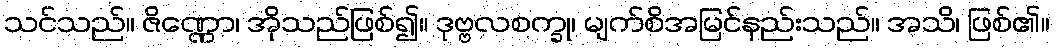
သင်သည်။ ဇိဏ္ဏော၊ အိုသည်ဖြစ်၍။ ဒုဗ္ဗလစက္ခု၊ မျက်စိအမြင်နည်းသည်။ အသိ၊ ဖြစ်၏။